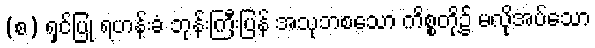
(စ) ရှင်ပြု ရဟန်းခံ ဘုန်းကြီးပြန် အသုဘစသော ကိစ္စတို့၌ မလိုအပ်သော